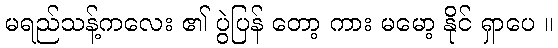
မရည်သန့်ကလေး ၏ ပွဲပြန် တော့ ကား မမော့ နိုင် ရှာပေ ။